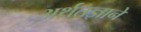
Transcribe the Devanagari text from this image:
अर्थतज्ञाने